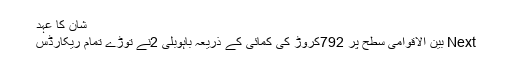
شان کا عہد
Next بین الاقوامی سطح پر 792کروڑ کی کمائی کے ذریعہ باہوبلی 2نے توڑے تمام ریکارڈس